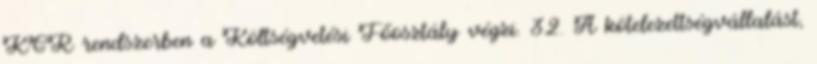
KGR rendszerben a Költségvetési Főosztály végzi. 32. A kötelezettségvállalást,